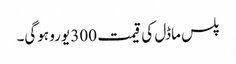
پلس ماڈل کی قیمت 300 یورو ہوگی۔